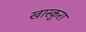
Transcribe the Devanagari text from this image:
खास्कुरा